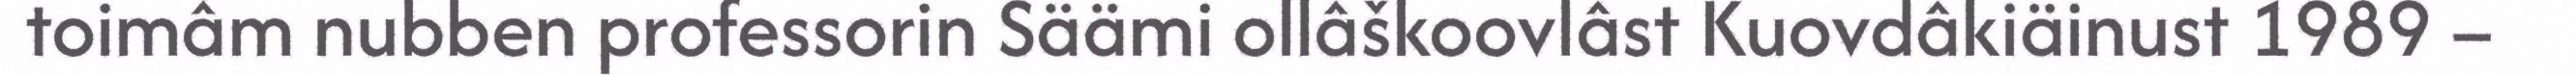
toimâm nubben professorin Säämi ollâškoovlâst Kuovdâkiäinust 1989 –